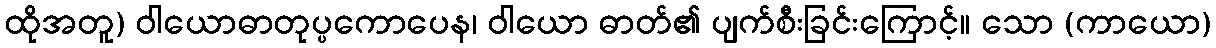
ထိုအတူ) ဝါယောဓာတုပ္ပကောပေန၊ ဝါယော ဓာတ်၏ ပျက်စီးခြင်းကြောင့်။ သော (ကာယော)